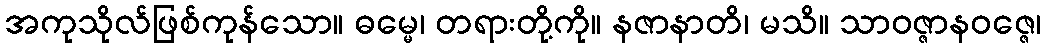
အကုသိုလ်ဖြစ်ကုန်သော။ ဓမ္မေ၊ တရားတို့ကို။ နဇာနာတိ၊ မသိ။ သာဝဇ္ဇာနဝဇ္ဇေ၊